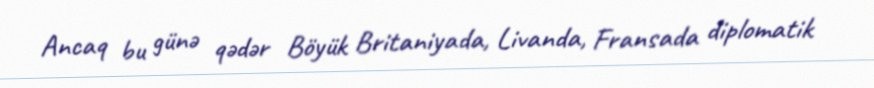
Ancaq bu günə qədər Böyük Britaniyada, Livanda, Fransada diplomatik